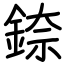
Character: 錼